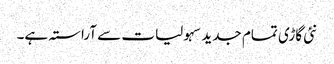
نئی گاڑی تمام جدید سہولیات سے آراستہ ہے۔